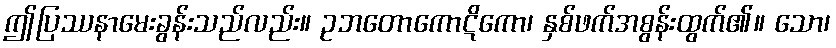
ဤပြဿနာမေးခွန်းသည်လည်း။ ဥဘတောကောဋိကော၊ နှစ်ဖက်အစွန်းထွက်၏။ သော၊